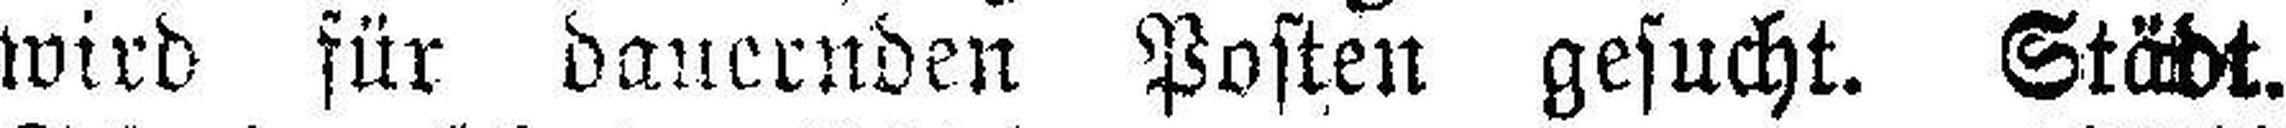
wird für dauernden Posten gesucht. Städt.